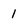
Character: 1